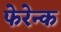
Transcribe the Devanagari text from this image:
फेरेन्क